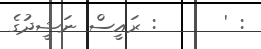
: '      : ރައީސް ނަޝީދުގެ